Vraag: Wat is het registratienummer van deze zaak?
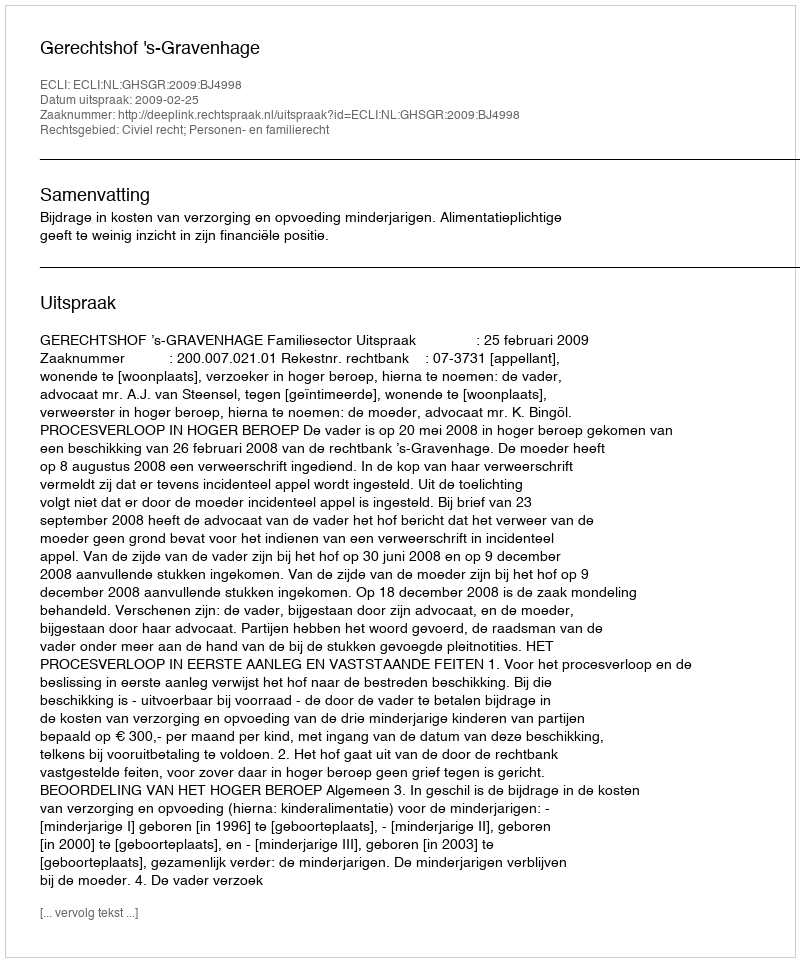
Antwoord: http://deeplink.rechtspraak.nl/uitspraak?id=ECLI:NL:GHSGR:2009:BJ4998